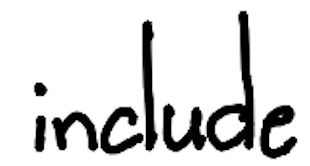
Text: include
Cross-out: clean
Writing tool: digital_black